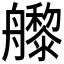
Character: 𬜜